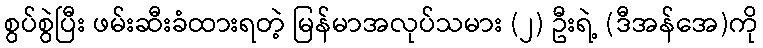
စွပ်စွဲပြီး ဖမ်းဆီးခံထားရတဲ့ မြန်မာအလုပ်သမား (၂) ဦးရဲ့ (ဒီအန်အေ)ကို